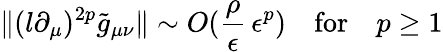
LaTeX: \| (l\partial_{\mu})^{2p}\tilde{g}_{\mu\nu}\| \sim O(\frac{\rho}{\epsilon}\, \epsilon^{p})\quad\mathrm{for}\quad p\ge 1